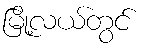
မြို့လယ်တွင်